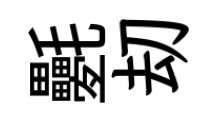
氎刧